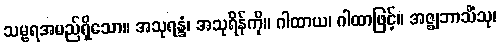
သမ္ဗရအမည်ရှိသော။ အသုရန္ဒံ၊ အသုရိန်ကို။ ဂါထာယ၊ ဂါထာဖြင့်။ အဇ္ဈဘာသိံသု၊